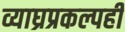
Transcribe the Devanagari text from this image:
व्याघ्रप्रकल्पही